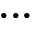
. . .